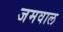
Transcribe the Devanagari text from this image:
जमवाल